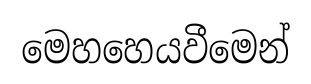
මෙහහෙයවීමෙන්